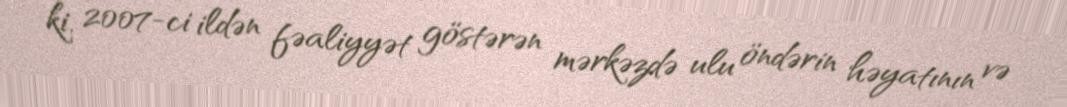
ki, 2007-ci ildən fəaliyyət göstərən mərkəzdə ulu öndərin həyatının və